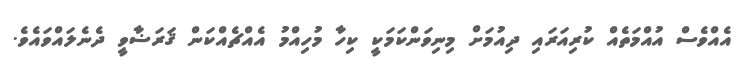
އެއްވެސް އުއްމަތެއް ކުރިއަރައި ދިއުމަށް މިނިވަންކަމަކީ ކިހާ މުހިއްމު އެއްޗެއްކަން ޤަރަޟާވީ ދެނެލައްވައެެވެ.